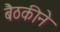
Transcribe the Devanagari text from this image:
बैठकीने